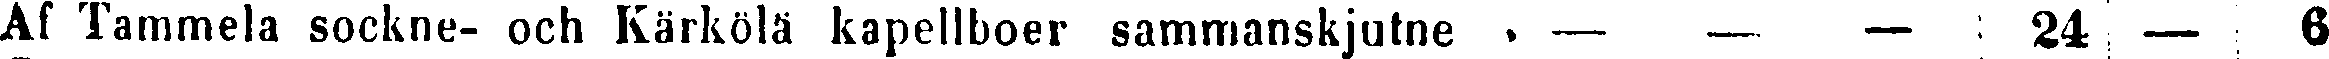
Af Tammela sockne- och Kärkölä kapellboer sammanskjutne . — — — 24 — 6